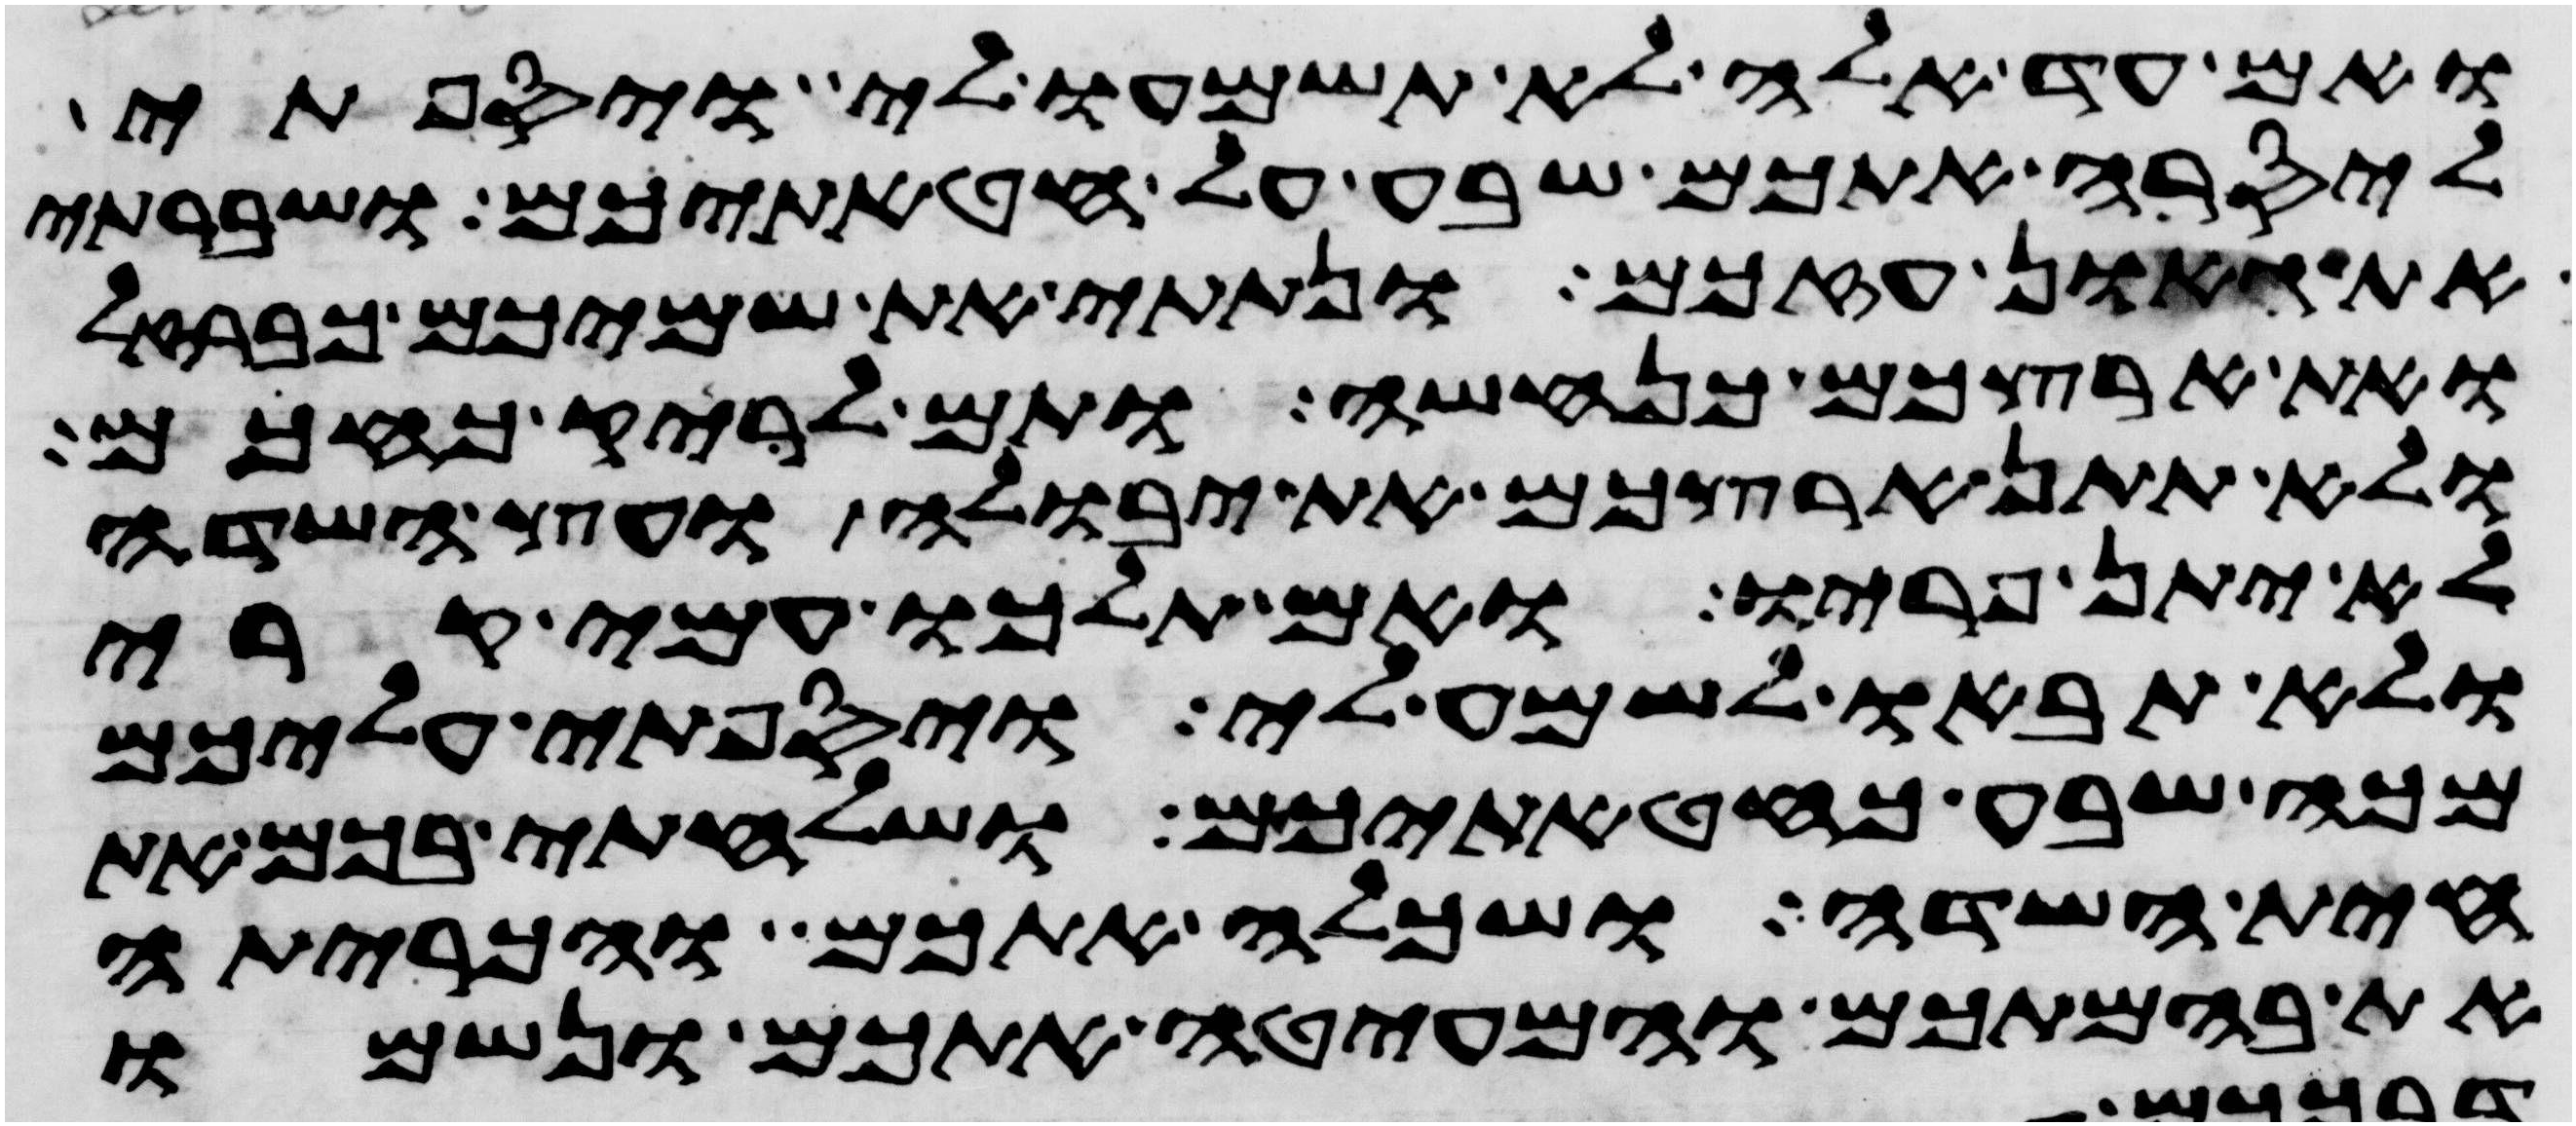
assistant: ואם עד אלה לא תשמעו לי ויספתי
ליסרה אתכם שבע על חטאתיכם ושברתי
את גאון עזכם ונתתי את שמיכם כברזל
ואת ארצכם כנחשה ותם לריק כחכם
ולא תתן ארצכם את יבולה ועץ השדה
לא יתן פריו ואם תלכו עמי קרי
ולא תבאו לשמע לי ויספתי עליכם
מכה שבע כחטאתיכם ושלחתי בכם את
חית השדה ושכלה אתכם והכריתה
את בהמתכם והמעיטה אתכם ונשמו